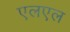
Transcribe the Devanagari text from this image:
एलएल